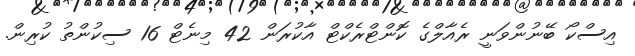
އިސްކޯ ބޭނުންވަނީ ރެއާލްގެ ކޮންޓްރެކްޓް އާކުރަން 42 މިނެޓް 16 ސިކުންތު ކުރިން.